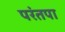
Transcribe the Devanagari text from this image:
परंतपा